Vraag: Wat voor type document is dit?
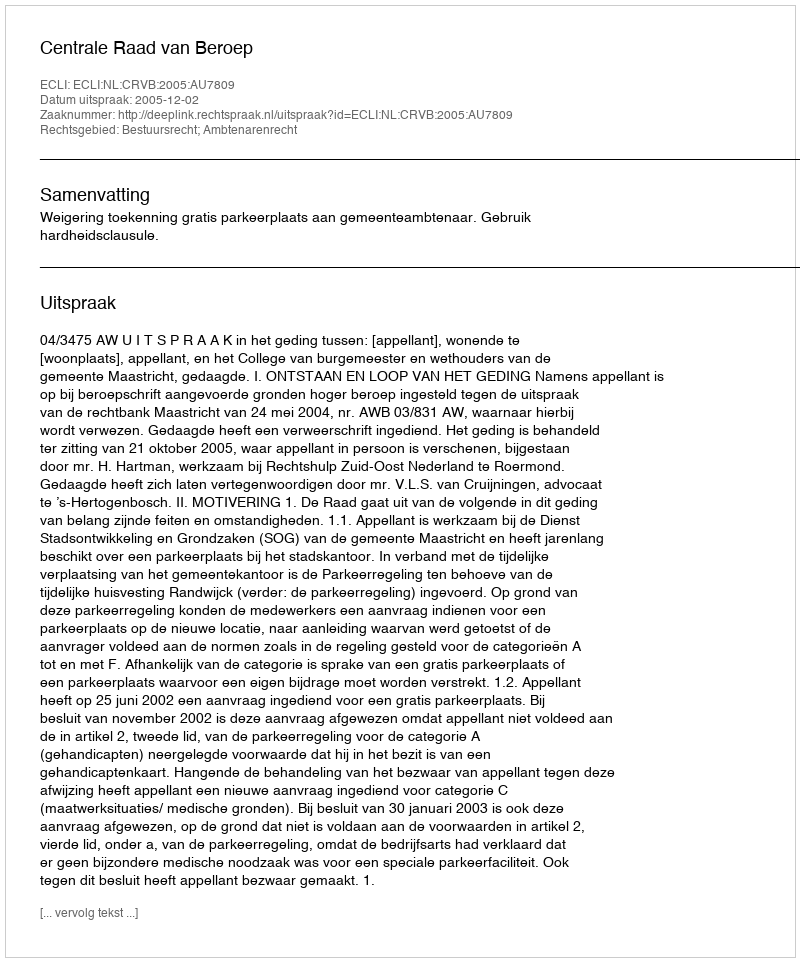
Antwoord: Uitspraak